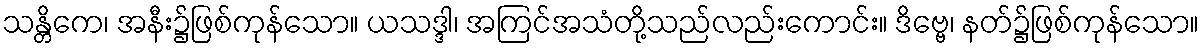
သန္တိကေ၊ အနီး၌ဖြစ်ကုန်သော။ ယသဒ္ဒါ၊ အကြင်အသံတို့သည်လည်းကောင်း။ ဒိဗ္ဗေ၊ နတ်၌ဖြစ်ကုန်သော။